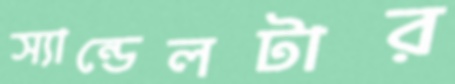
স্যান্ডেলটার